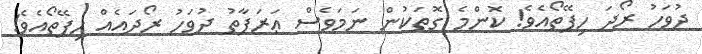
ދުވަހު ރޯދަ ހިފޭތޯއެވެ! ކޮންމެ ގޮތަކުން ނަމަވެސް ޢަރަފާތު ދުވަހު ރޯދައެއް ހިފޭތޯއެވެ!